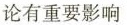
论有重要影响